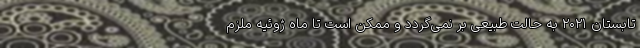
تابستان ۲۰۲۱ به حالت طبیعی بر نمی‌گردد و ممکن است تا ماه ژوئیه ملزم